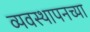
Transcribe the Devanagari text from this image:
व्यवस्थापनच्या